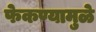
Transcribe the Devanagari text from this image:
फेकण्यामुळे